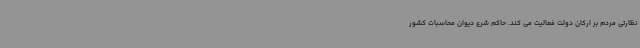
نظارتی مردم بر ارکان دولت فعالیت می کند. حاکم شرع دیوان محاسبات کشور